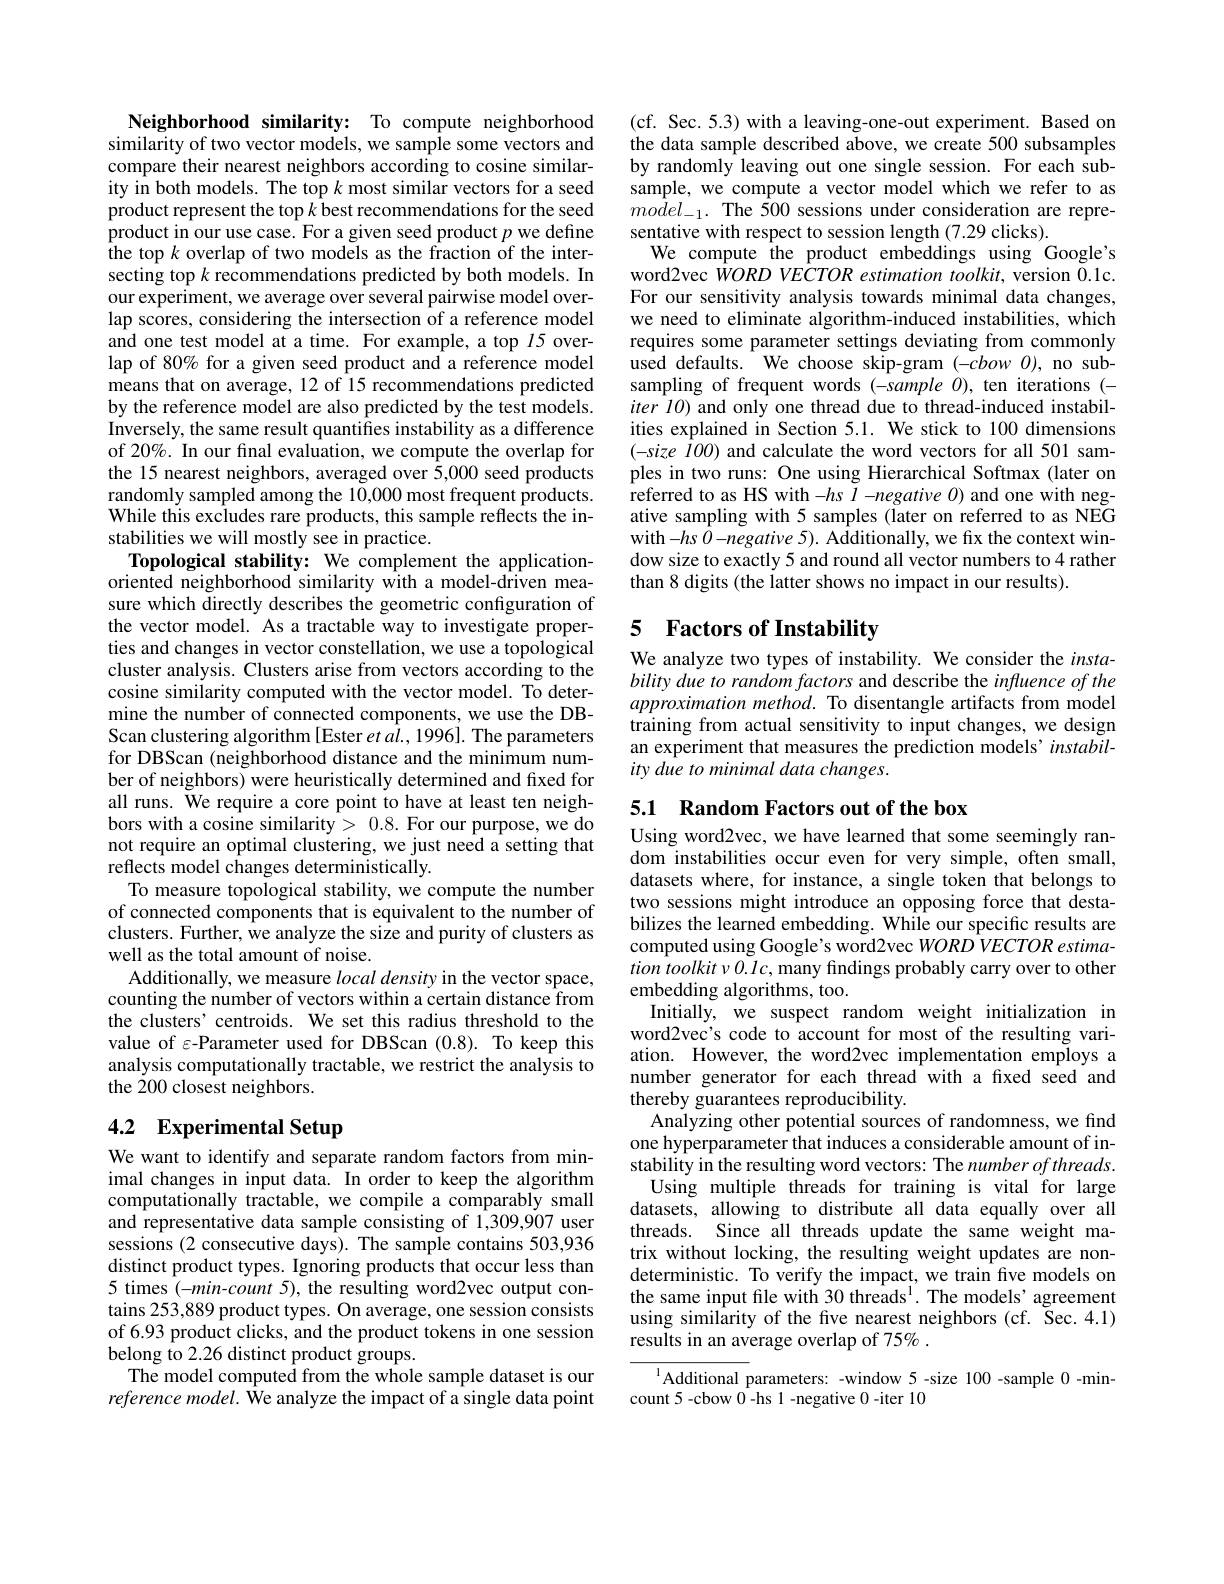
Neighborhood similarity: To compute neighborhood similarity of two vector models, we sample some vectors and compare their nearest neighbors according to cosine similarity in both models. The top $k$ most similar vectors for a seed product represent the top $k$ best recommendations for the seed product in our use case. For a given seed product $p$ we define $\hat{t}$he top $k$ overlap of two models as the fraction of the intersecting top $k$ recommendations predicted by both models. In our experiment, we average over several pairwise model overlap scores, considering the intersection of a reference model and one test model at a time. For example, a top 15 overlap of 80% for a given seed product and a reference model means that on average, 12 of 15 recommendations predicted by the reference model are also predicted by the test models. Inversely, the same result quantifies instability as a difference of 20%. In our final evaluation, we compute the overlap for the 15 nearest neighbors, averaged over 5,000 seed products randomly sampled among the 10,000 most frequent products. While this excludes rare products, this sample reflects the instabilities we will mostly see in practice.
Topological stability: We complement the applicationoriented neighborhood similarity with a model-driven measure which directly describes the geometric configuration of the vector model. As a tractable way to investigate properties and changes in vector constellation, we use a topological cluster analysis. Clusters arise from vectors according to the cosine similarity computed with the vector model. To determine the number of connected components, we use the DBScan clustering algorithm [Ester et a$\hat{l}.,1996].$ The parameters for DBScan (neighborhood distance and the minimum number of neighbors) were heuristically determined and fixed for all runs. We require a core point to have at least ten neighbors with a cosine similarity > 0.8. For our purpose, we do not require an optimal clustering, we just need a setting that reflects model changes deterministically.
To measure topological stability, we compute the number of connected components that is equivalent to the number of clusters. Further, we analyze the size and purity of clusters as well as the total amount of noise.
Additionally, we measure $local\textit{density in the vector space, }$ counting the number of vectors within a certain distance from the clusters' centroids. We set this radius threshold to the value of $\varepsilon$-Parameter used for DBScan (0.8). To keep this analysis computationally tractable, we restrict the analysis to the $\tilde{2}00$ closest neighbors.
4.2 Experimental Setup

We want to identify and separate random factors from minimal changes in input data. In order to keep the algorithm computationally tractable, we compile a comparably small and representative data sample consisting of 1,309,907 user sessions (2 consecutive days). The sample contains 503,936 distinct product types. Ignoring products that occur less than 5 times (-min-count 5), the resulting word2vec output contains 253,889 product types. On average, one session consists of 6.93 product clicks, and the product tokens in one session belong to 2.26 distinct product groups.
The model computed from the whole sample dataset is our reference model. We analyze the impact of a single data point

(cf. Sec. 5.3) with a leaving-one-out experiment. Based on the data sample described above, we create 500 subsamples by randomly leaving out one single session. For each subsample, we compute a vector model which we refer to as $mo\hat{del}_{-1}.$ The 500 sessions under consideration are representative with respect to session length (7.29 clicks).
We compute the product embeddings using Google's word2vec WORD VECTOR estimation toolkit, version 0.1c. For our sensitivity analysis towards minimal data changes, we need to eliminate algorithm-induced instabilities, which requires some parameter settings deviating from commonly used defaults. We choose skip-gram $(-cbowO)$, no subsampling of frequent words (-sample O), ten iterations (- $iter~l0)~$and only one thread due to thread-induced instabilities explained in Section 5.1. We stick to 100 dimensions $( - size\textit{ IOO) and calculate the word vectors for all 501 sam- }$ ples in two runs: One using Hierarchical Softmax (later on referred to as HS with -$hs\textit{I}- negative\textit{O})$ and one with negative sampling with 5 samples (later on referred to as NEG with -hs 0 -negative 5). Additionally, we fix the context window size to exactly 5 and round all vector numbers to 4 rather than 8 digits (the latter shows no impact in our results).

### 5 $\textbf{Factors of Instability}$

We analyze two types of instability. We consider the $insta-$ bility due to random factors and describe the influence of the approximation method. To disentangle artifacts from model training from actual sensitivity to input changes, we design an experiment that measures the prediction models' instability due to minimal data changes.

5.1 Random Factors out of the box
Using word2vec, we have learned that some seemingly ran-

dom instabilities occur even for very simple, often small, datasets where, for instance, a single token that belongs to two sessions might introduce an opposing force that destabilizes the learned embedding. While our specific results are computed using Google's word2vec WORD VECTOR estima- $tion\textit{ toolkit }\nu 0. Ic$, many findings probably carry over to other embedding algorithms, too.
Initially, we suspect random weight initialization in word2vec's code to account for most of the resulting variation. However, the word2vec implementation employs a number generator for each thread with a fxed seed and thereby guarantees reproducibility.
Analyzing other potential sources of randomness, we find one hyperparameter that induces a considerable amount of instability in the resulting word vectors: The number of threads.
Using multiple threads for training is vital for large datasets, allowing to distribute all data equally over all threads. Since all threads update the same weight matrix without locking, the resulting weight updates are nondeterministic. To verify the impact, we train five models on the same input file with 30 threads$^1.$ The models' agreement using similarity of the five nearest neighbors (cf. Šec.4.1) results in an average overlap of 75% .

Additional parameters: -window 5 -size 100 -sample 0 -min-
count 5 -cbow 0 -hs 1 -negative 0 -iter 10